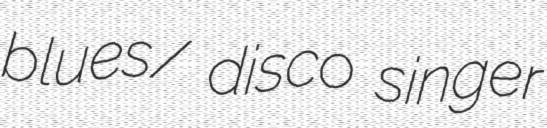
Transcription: blues/ disco singer